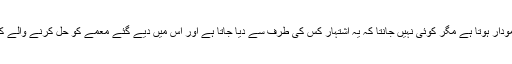
یہ اشتہار ہر سال انٹرنیٹ پر نمودار ہوتا ہے مگر کوئی نہیں جانتا کہ یہ اشتہار کس کی طرف سے دیا جاتا ہے اور اس میں دیے گئے معمے کو حل کرنے والے کے لیے کیا انعام رکھا گیا ہے۔